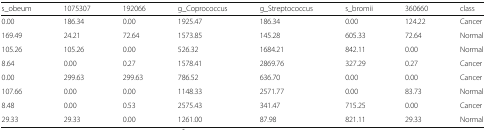
| s_obeum | 1075307 | 192066 | g_Coprococcus | g_Streptococcus | s_bromii | 360660 | class |
 | --- | --- | --- | --- | --- | --- | --- | --- |
 | 0.00 | 186.34 | 0.00 | 1925.47 | 186.34 | 0.00 | 124.22 | Cancer |
 | 169.49 | 24.21 | 72.64 | 1573.85 | 145.28 | 605.33 | 72.64 | Normal |
 | 105.26 | 105.26 | 0.00 | 526.32 | 1684.21 | 842.11 | 0.00 | Normal |
 | 8.64 | 0.00 | 0.27 | 1578.41 | 2869.76 | 327.29 | 0.27 | Cancer |
 | 0.00 | 299.63 | 299.63 | 786.52 | 636.70 | 0.00 | 0.00 | Cancer |
 | 107.66 | 0.00 | 0.00 | 1148.33 | 2571.77 | 0.00 | 83.73 | Normal |
 | 8.48 | 0.00 | 0.53 | 2575.43 | 341.47 | 715.25 | 0.00 | Cancer |
 | 29.33 | 29.33 | 0.00 | 1261.00 | 87.98 | 821.11 | 29.33 | Normal |